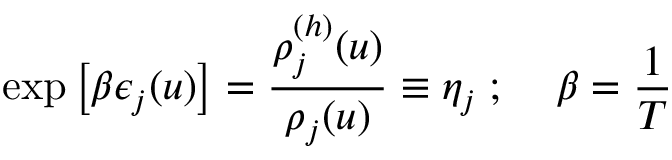
\exp \left[ \beta \epsilon _ { j } ( u ) \right] = \frac { \rho _ { j } ^ { ( h ) } ( u ) } { \rho _ { j } ( u ) } \equiv \eta _ { j } \; ; \; \; \; \; \beta = \frac { 1 } { T }